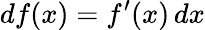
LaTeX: df(x)=f^{\prime}(x)\, dx